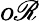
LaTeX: o\mathscr{R}